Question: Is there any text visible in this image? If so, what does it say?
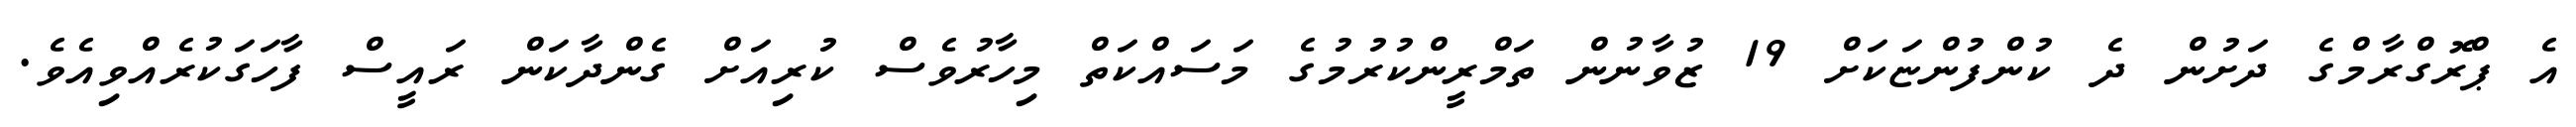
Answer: އެ ޕްރޮގްރާމްގެ ދަށުން ދެ ކުންފުންޏަކަށް 19 ޒުވާނުން ތަމްރީންކުރުމުގެ މަސައްކަތް މިހާރުވެސް ކުރިއަށް ގެންދާކަން ރައީސް ފާހަގަކުރެއްވިއެވެ.